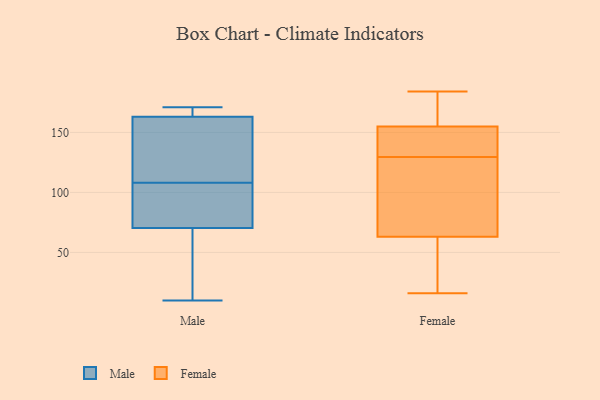
{"axis": {"x": "Net Income (USD K)", "y": "Value"}, "legend": ["Female", "Male"], "data": [{"x": "", "y": 163, "type": "Male"}, {"x": "", "y": 170, "type": "Male"}, {"x": "", "y": 135, "type": "Male"}, {"x": "", "y": 97, "type": "Male"}, {"x": "", "y": 111, "type": "Male"}, {"x": "", "y": 166, "type": "Male"}, {"x": "", "y": 59, "type": "Male"}, {"x": "", "y": 171, "type": "Male"}, {"x": "", "y": 60, "type": "Male"}, {"x": "", "y": 102, "type": "Male"}, {"x": "", "y": 163, "type": "Male"}, {"x": "", "y": 10, "type": "Male"}, {"x": "", "y": 108, "type": "Male"}, {"x": "", "y": 170, "type": "Male"}, {"x": "", "y": 92, "type": "Male"}, {"x": "", "y": 143, "type": "Male"}, {"x": "", "y": 14, "type": "Male"}, {"x": "", "y": 100, "type": "Male"}, {"x": "", "y": 63, "type": "Male"}, {"x": "", "y": 144, "type": "Female"}, {"x": "", "y": 16, "type": "Female"}, {"x": "", "y": 63, "type": "Female"}, {"x": "", "y": 87, "type": "Female"}, {"x": "", "y": 173, "type": "Female"}, {"x": "", "y": 130, "type": "Female"}, {"x": "", "y": 133, "type": "Female"}, {"x": "", "y": 184, "type": "Female"}, {"x": "", "y": 129, "type": "Female"}, {"x": "", "y": 184, "type": "Female"}, {"x": "", "y": 153, "type": "Female"}, {"x": "", "y": 155, "type": "Female"}, {"x": "", "y": 84, "type": "Female"}, {"x": "", "y": 52, "type": "Female"}, {"x": "", "y": 89, "type": "Female"}, {"x": "", "y": 174, "type": "Female"}, {"x": "", "y": 16, "type": "Female"}, {"x": "", "y": 25, "type": "Female"}]}